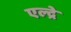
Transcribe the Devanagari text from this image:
एल्द्रे